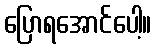
ပြောရအောင်ပေါ့။